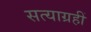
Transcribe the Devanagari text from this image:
सत्याग्रहीं